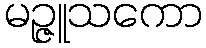
မဉ္ဇူသကော